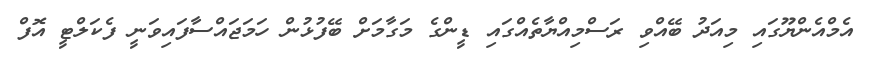
އެމްއެންޔޫގައި މިއަދު ބޭއްވި ރަސްމިއްޔާތެއްގައި ޑީންގެ މަގާމަށް ބޭފުޅުން ހަމަޖައްސާފައިވަނީ ފެކަލްޓީ އޮފް